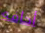
أخافه